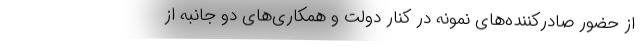
از حضور صادرکننده‌های نمونه در کنار دولت و همکاری‌های دو جانبه از